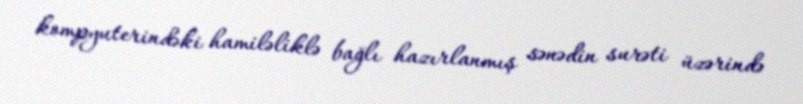
kompyuterindəki hamiləliklə bağlı hazırlanmış sənədin surəti üzərində